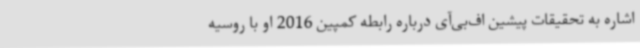
اشاره به تحقیقات پیشین اف‌بی‌آی درباره رابطه کمپین 2016 او با روسیه